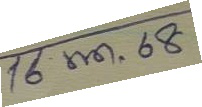
16 พ.ค. 68